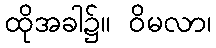
ထိုအခါ၌။ ဝိမလာ၊